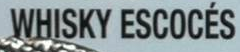
SHISKY ESCOCES